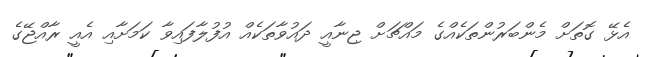
އެޅޭ ގޮތަށް މެންބަރުންތަކެއްގެ މައްޗަށް ޖިނާއީ ދައުވާތަކެއް އުފުލާފައިވާ ކަމަށާއި އެއީ ރާއްޖޭގެ